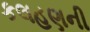
કલહણની